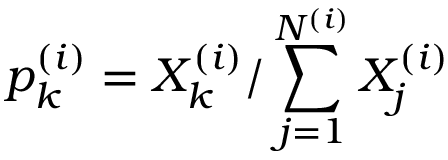
p _ { k } ^ { ( i ) } = X _ { k } ^ { ( i ) } / \sum _ { j = 1 } ^ { N ^ { ( i ) } } X _ { j } ^ { ( i ) }